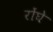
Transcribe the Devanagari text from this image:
रोंघे